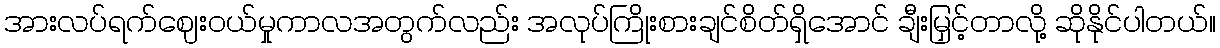
အားလပ်ရက်ဈေးဝယ်မှုကာလအတွက်လည်း အလုပ်ကြိုးစားချင်စိတ်ရှိအောင် ချီးမြှင့်တာလို့ ဆိုနိုင်ပါတယ်။